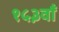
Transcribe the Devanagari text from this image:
१५३वाँ